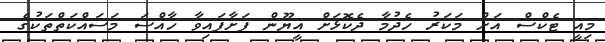
މިއީ ޓެކްސް އަށް މަކަރު ހެދުމާ ދެކޮޅަށް އީޔޫން ފަށާފައިވާ ހާއްސަ މަސައްކަތްތަކުގެ